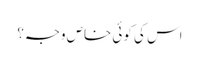
اس کی کوئی خاص وجہ؟